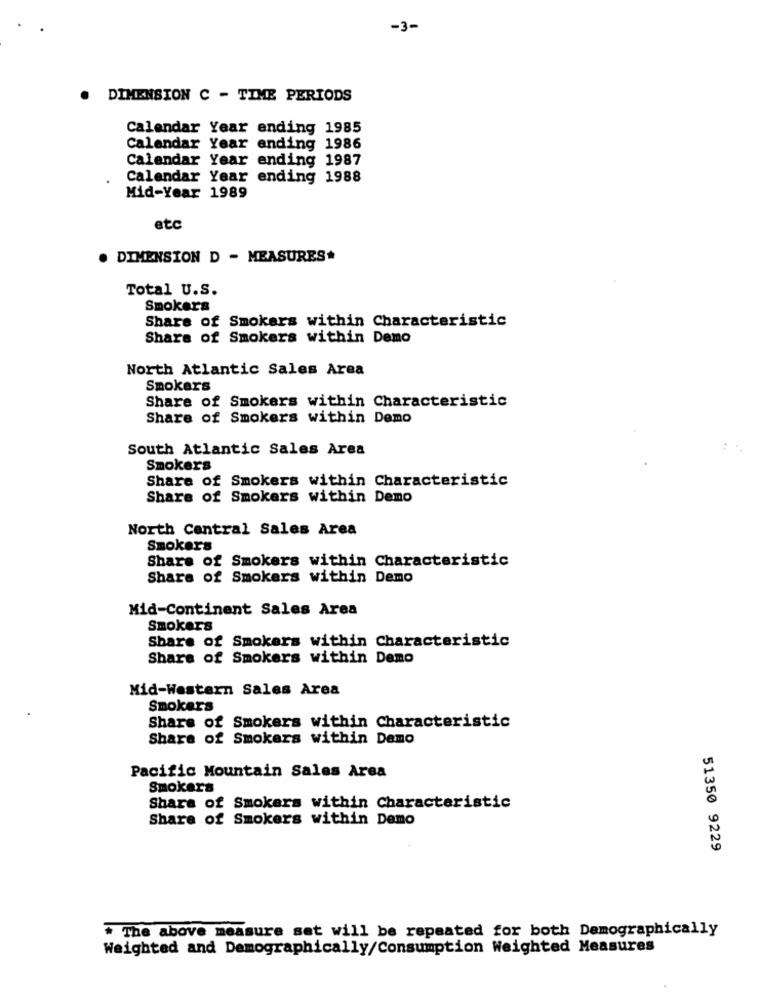
-3-
DIMENSION C - TIME PERIODS
Calendar Year ending 1985
Calendar Year ending 1986
Calendar Year ending 1987
Calendar Year ending 1988
Mid-Year 1989
etc
. DIMENSION D - MEASURES*
Total U.S.
Smokers
Share of Smokers within Characteristic
Share of Smokers within Demo
North Atlantic Sales Area
Smokers
Share of Smokers within Characteristic
Share of Smokers within Demo
South Atlantic Sales Area
Smokers
Share of Smokers within Characteristic
Share of Smokers within Demo
North Central Sales Area
Smokers
Share of Smokers within Characteristic
Share of Smokers within Demo
Mid-Continent Sales Area
Smokers
Share of Smokers within Characteristic
Share of Smokers within Demo
Mid-Western Sales Area
Smokers
Share of Smokers within Characteristic
Share of Smokers within Demo
Pacific Mountain Sales Area
Smokers
Share of Smokers within Characteristic
Share of Smokers within Demo
51350 9229
* The above measure set will be repeated for both Demographically
Weighted and Demographically/Consumption Weighted Measures